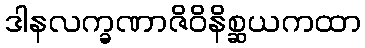
ဒါနလက္ခဏာဇိဝိနိစ္ဆယကထာ